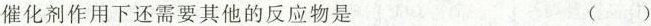
催化剂作用下还需要其他的反应物是 ()